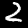
Digit: 2